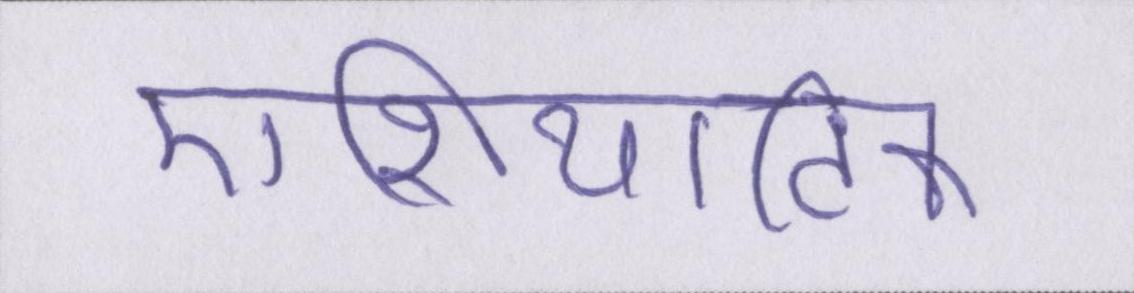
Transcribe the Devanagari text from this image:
एशियाटिक